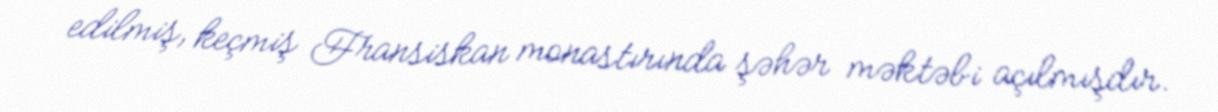
edilmiş, keçmiş Fransiskan monastırında şəhər məktəbi açılmışdır.